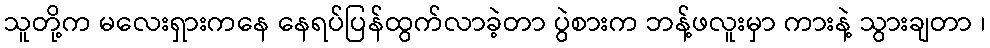
သူတို့က မလေးရှားကနေ နေရပ်ပြန်ထွက်လာခဲ့တာ ပွဲစားက ဘန့်ဖလူးမှာ ကားနဲ့ သွားချတာ ၊